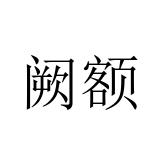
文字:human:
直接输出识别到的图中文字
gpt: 阙额